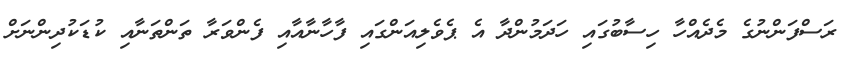
ރަސްފަންނުގެ މެދެއްހާ ހިސާބުގައި ހަދަމުންދާ އެ ޕެވެލިއަންގައި ފާހާނާއާއި ފެންވަރާ ތަންތަނާއި ކުޑަކުދިންނަށް